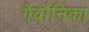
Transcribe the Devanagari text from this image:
गैवौनिका